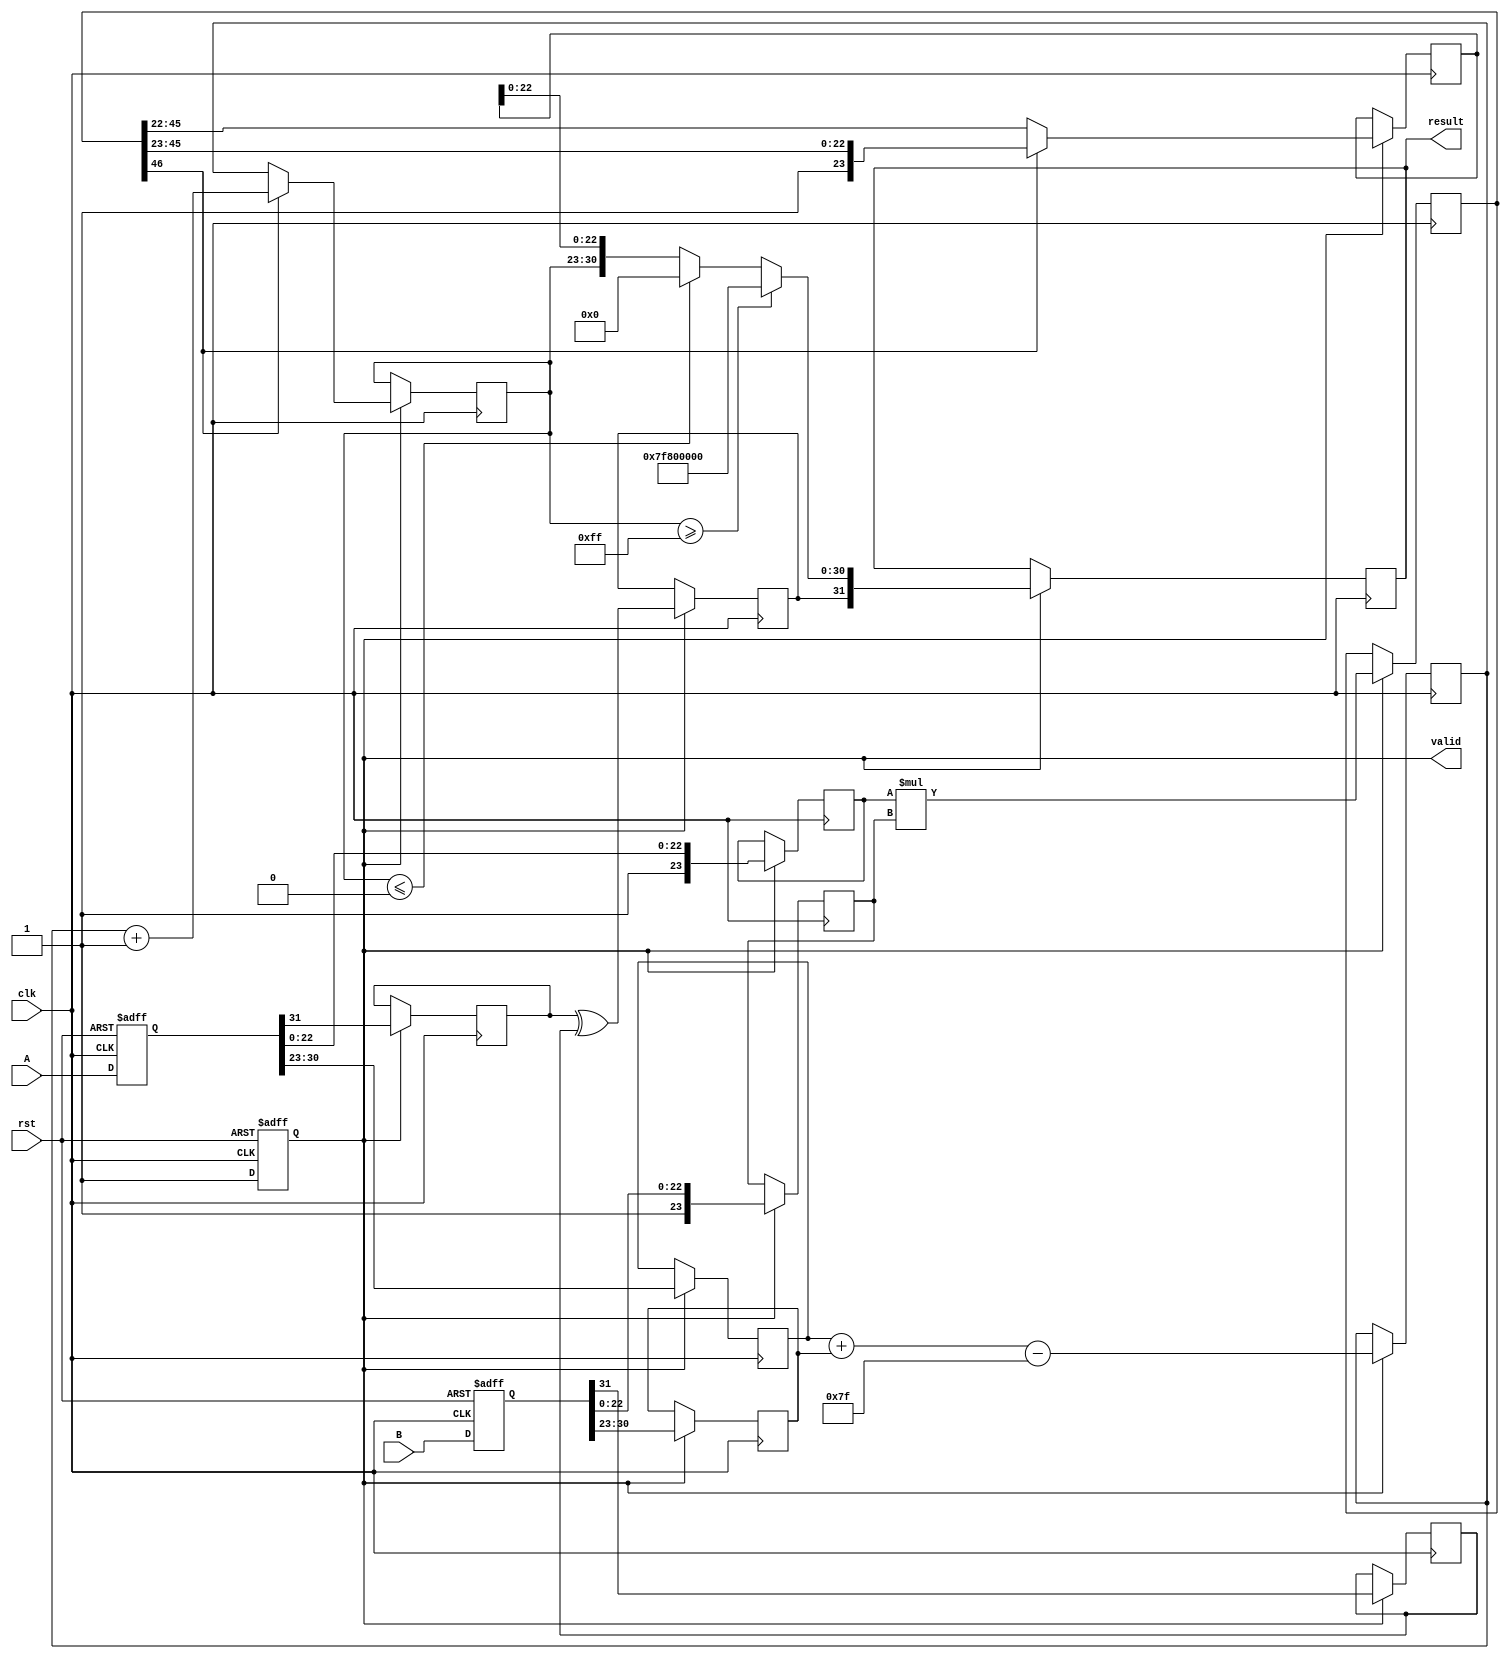
module pipelined_fp_multiplier (
    input clk,
    input rst,
    input [31:0] A,
    input [31:0] B,
    output reg [31:0] result,
    output reg valid
);

    // Pipeline registers
    reg [31:0] A_reg, B_reg;
    reg [7:0] exp_A, exp_B, exp_result;
    reg [23:0] mant_A, mant_B, mant_result;
    reg sign_A, sign_B, sign_result;
    reg [46:0] mant_mult; // 23 + 23 = 46 bits for mantissa multiplication
    reg [7:0] exp_temp;

    // Constants
    localparam BIAS = 8'd127;

    // Stage 1: Input Stage
    always @(posedge clk or posedge rst) begin
        if (rst) begin
            A_reg <= 32'b0;
            B_reg <= 32'b0;
            valid <= 1'b0;
        end else begin
            A_reg <= A;
            B_reg <= B;
            valid <= 1'b1;
        end
    end

    // Stage 2: Normalization Stage
    always @(posedge clk) begin
        if (valid) begin
            sign_A <= A_reg[31];
            sign_B <= B_reg[31];
            exp_A <= A_reg[30:23];
            exp_B <= B_reg[30:23];
            mant_A <= {1'b1, A_reg[22:0]}; // Implicit leading 1
            mant_B <= {1'b1, B_reg[22:0]}; // Implicit leading 1
        end
    end

    // Stage 3: Exponent Calculation Stage
    always @(posedge clk) begin
        if (valid) begin
            exp_temp <= exp_A + exp_B - BIAS;
            sign_result <= sign_A ^ sign_B; // XOR for sign
        end
    end

    // Stage 4: Mantissa Multiplication Stage
    always @(posedge clk) begin
        if (valid) begin
            mant_mult <= mant_A * mant_B; // 24 * 24 = 48 bits
        end
    end

    // Stage 5: Normalization of Result Stage
    always @(posedge clk) begin
        if (valid) begin
            if (mant_mult[46]) begin
                mant_result <= mant_mult[46:23]; // Shift right
                exp_result <= exp_temp + 1; // Adjust exponent
            end else begin
                mant_result <= mant_mult[45:22]; // No shift
                exp_result <= exp_temp; // No adjustment
            end
        end
    end

    // Stage 6: Output Stage
    always @(posedge clk) begin
        if (valid) begin
            // Handle overflow and underflow
            if (exp_result >= 8'd255) begin
                result <= {sign_result, 8'b11111111, 23'b0}; // Infinity
            end else if (exp_result <= 8'd0) begin
                result <= {sign_result, 8'b0, 23'b0}; // Zero
            end else begin
                result <= {sign_result, exp_result[7:0], mant_result[22:0]};
            end
        end
    end

endmodule